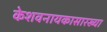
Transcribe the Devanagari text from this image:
केशवनायकासारख्या